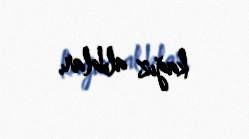
kağız alıblar.